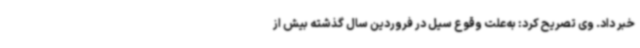
خبر داد. وی تصریح کرد: به‌علت وقوع سیل در فروردین سال گذشته بیش از